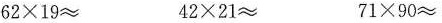
$$62 \times 19 \approx $$ $$42 \times 21 \approx$$ $$71 \times 90 \approx $$